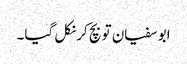
ابو سفیان تو بچ کر نکل گیا۔